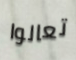
تعالوا